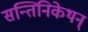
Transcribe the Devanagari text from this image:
सन्तिनिकेथन्